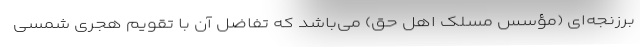
برزنجه‌ای (مؤسس مسلک اهل حق) می‌باشد که تفاضل آن با تقویم هجری شمسی